Medical and sanitary report of the native army of Madras for the year
Year: 1877
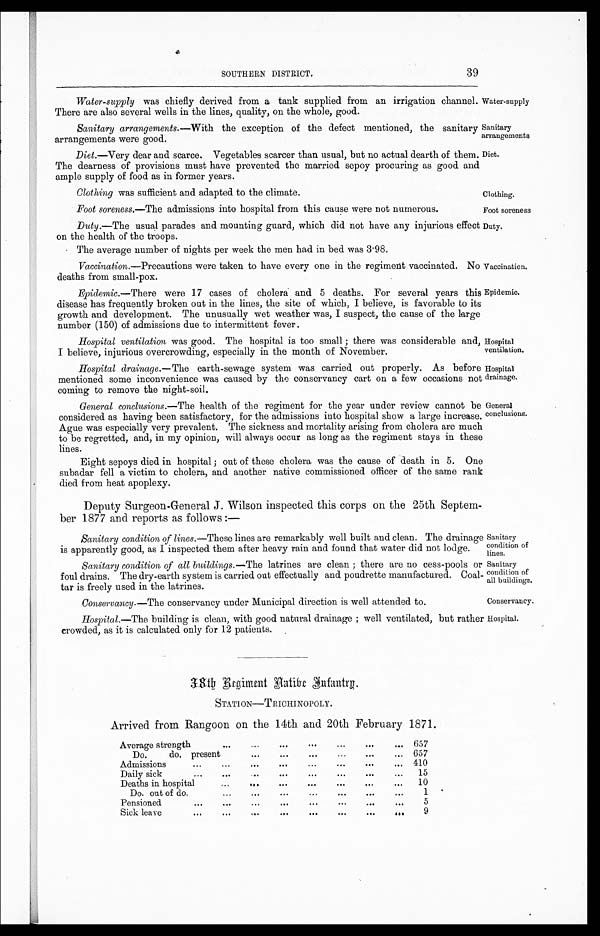
Water-supply
Sanitary
arrangements
Clothing.
Foot soreness
Sanitary
condition of
lines.
Sanitary
condition of
all buildings.
39
SOUTHERN DISTRICT.
Water-supply was chiefly derived from a tank supplied from an irrigation channel.
There are also several wells in the lines, quality, on the whole, good.
Sanitary arrangements . —With the exception of the defect mentioned, the sanitary
arrangements were good.
Diet . —Very dear and scarce. Vegetables scarcer than usual, but no actual dearth of them.
The dearness of provisions must have prevented the married sepoy procuring as good and
ample supply of food as in former years.
Diet.
Clothing was sufficient and adapted to the climate.
Foot soreness .—The admissions into hospital from this cause were not numerous.
Duty .—The usual parades and mounting guard, which did not have any injurious effect
on the health of the troops.
The average number of nights per week the men had in bed was 3.98.
Duty.
Vaccination .—Precautions were taken to have every one in the regiment vaccinated.
deaths from small-pox.
No Vaccination.
Epidemic . —There were 17 cases of cholera and 5 deaths. For several years this
disease has frequently broken out in the lines, the site of which, I believe, is favorable to its
growth and development. The unusually wet weather was, I suspect, the cause of the large
number (150) of admissions due to intermittent fever.
Hospital ventilation was good. The hospital is too small ; there was considerable and,
I believe, injurious overcrowding, especially in the month of November.
Epidemic.
Hospital
ventilation.
Hospital drainage . — The earth-sewage system was carried out properly. As before
mentioned some inconvenience was caused by the conservancy cart on a few occasions not
coming to remove the night-soil.
Hospital
drainage.
General conclusions . —The health of the regiment for the year under review cannot be
considered as having been satisfactory, for the admissions into hospital show a large increase.
Ague was especially very prevalent. The sickness and mortality arising from cholera are much
to be regretted, and, in my opinion, will always occur as long as the regiment stays in these
lines.
Eight sepoys died in hospital ; out of these cholera was the cause of death in 5. One
subadar fell a victim to cholera, and another native commissioned officer of the same rank
died from heat apoplexy.
Deputy Surgeon-General J. Wilson inspected this corps on the 25th Septem-
ber 1877 and reports as follows:—
General
conclusions.
Sanitary condition of lines.—These lines are remarkably well built and clean. The drainage
is apparently good, as I inspected them after heavy rain and found that water did not lodge.
Sanitary condition of all buildings .— The latrines are clean ; there are no cess-pools or
foul drains. The dry-earth system is carried out effectually and poudrette manufactured. Coal-
tar is freely used in the latrines.
Conservancy .—The conservancy under Municipal direction is well attended to.
Conservancy.
Hospital .— The building is clean, with good natural drainage ; well ventilated, but rather
crowded, as it is calculated only for 12 patients.
3 8 t h R e g i m e n t n a t i v e I n f a n t r y .
STATION—TRICHINOPOLY.
Arrived from Rangoon on the 14th and 20th February 1871.
Average strength
. . .
...
. . .
. . .
...
. . .
. . .
657
Do.
do. present
...
. . .
. . .
...
...
... 657
Admissions
...
...
. . .
. . .
. . .
. . .
. . .
. . .
410
Daily sick
. . .
. . .
. . .
. . .
. . .
. . .
. . .
. . .
15
Deaths in hospital
...
...
. . .
. . .
. . .
. . .
. . .
10
Do. out of do.
...
. . .
...
...
. . .
. . .
. . .
1
Pensioned
. . .
. . .
...
. . .
...
. . .
. . .
. . .
5
Sick leave
. . .
. . .
. . .
. . .
. . . . . .
. . .
. . .
9
Hospital.